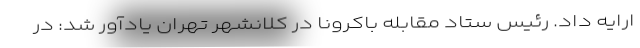
ارایه داد. رئیس ستاد مقابله باکرونا در کلانشهر تهران یادآور شد: در